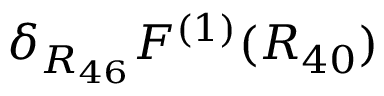
\delta _ { R _ { 4 6 } } F ^ { ( 1 ) } ( R _ { 4 0 } )